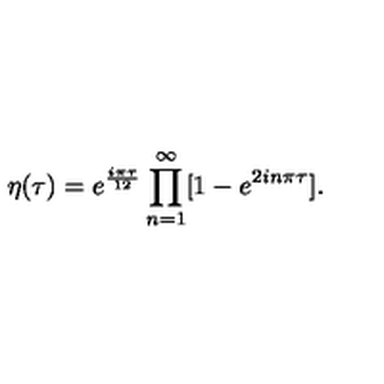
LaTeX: \displaystyle \eta ( \tau ) = e ^ { \frac { i \pi \tau } { 1 2 } } \prod _ { n = 1 } ^ { \infty } [ 1 - e ^ { 2 i n \pi \tau } ] .